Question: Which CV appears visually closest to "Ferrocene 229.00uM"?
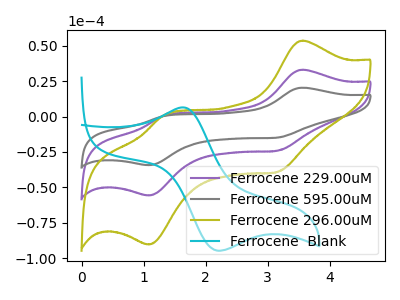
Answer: <think>The purple curve "Ferrocene 229.00uM" has anodic peaks at (3.55V, 32.95uA) (1.35V, 0.60uA) and cathodic peaks at (3.15V, -24.10uA) (1.10V, -55.65uA). The gray curve "Ferrocene 595.00uM" has anodic peaks at (3.55V, 65.90uA) (1.35V, 1.25uA) and cathodic peaks at (3.15V, -48.20uA) (1.10V, -111.25uA). The olive curve "Ferrocene 296.00uM" has anodic peaks at (3.55V, 53.45uA) (1.35V, 1.00uA) and cathodic peaks at (3.15V, -39.10uA) (1.10V, -90.25uA). The cyan curve "Ferrocene  Blank" has an anodic peak at (1.65V, 6.40uA) and a cathodic peak at (2.20V, -94.55uA).
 All the peaks in "Ferrocene 229.00uM" have a peak in "Ferrocene 595.00uM" at the same potential. Every peak in "Ferrocene 229.00uM" is lower than every peak in "Ferrocene 595.00uM". All the peaks in "Ferrocene 229.00uM" have a peak in "Ferrocene 296.00uM" at the same potential. Every peak in "Ferrocene 229.00uM" is lower than every peak in "Ferrocene 296.00uM". "Ferrocene 229.00uM" and "Ferrocene  Blank" have a different number of peaks. All the peaks in "Ferrocene 595.00uM" have a peak in "Ferrocene 296.00uM" at the same potential. Every peak in "Ferrocene 595.00uM" is higher than every peak in "Ferrocene 296.00uM". "Ferrocene 595.00uM" and "Ferrocene  Blank" have a different number of peaks. "Ferrocene 296.00uM" and "Ferrocene  Blank" have a different number of peaks.</think>
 <answer>"Ferrocene 229.00uM" and "Ferrocene 595.00uM" have a similar shape to "Ferrocene 296.00uM".</answer>
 <eval>"Ferrocene 229.00uM" "Ferrocene 595.00uM"</eval>